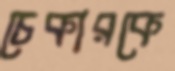
চেকারকে